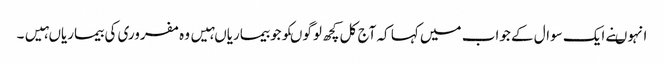
انہوںنے ایک سوال کے جواب میں کہا کہ آج کل کچھ لوگوںکوجوبیماریاںہیں وہ مفروری کی بیماریاںہیں۔